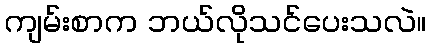
ကျမ်းစာက ဘယ်လိုသင်ပေးသလဲ။